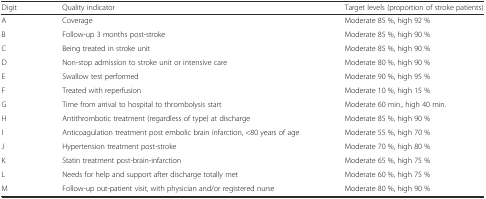
| Digit | Quality indicator | Target levels (proportion of stroke patients) |
 | --- | --- | --- |
 | A | Coverage | Moderate 85 %, high 92 % |
 | B | Follow-up 3 months post-stroke | Moderate 85 %, high 90 % |
 | C | Being treated in stroke unit | Moderate 85 %, high 90 % |
 | D | Non-stop admission to stroke unit or intensive care | Moderate 80 %, high 90 % |
 | E | Swallow test performed | Moderate 90 %, high 95 % |
 | F | Treated with reperfusion | Moderate 10 %, high 15 % |
 | G | Time from arrival to hospital to thrombolysis start | Moderate 60 min., high 40 min. |
 | H | Antithrombotic treatment (regardless of type) at discharge | Moderate 85 %, high 90 % |
 | I | Anticoagulation treatment post embolic brain infarction, <80 years of age | Moderate 55 %, high 70 % |
 | J | Hypertension treatment post-stroke | Moderate 70 %, high 80 % |
 | K | Statin treatment post-brain-infarction | Moderate 65 %, high 75 % |
 | L | Needs for help and support after discharge totally met | Moderate 60 %, high 75 % |
 | M | Follow-up out-patient visit, with physician and/or registered nurse | Moderate 80 %, high 90 % |